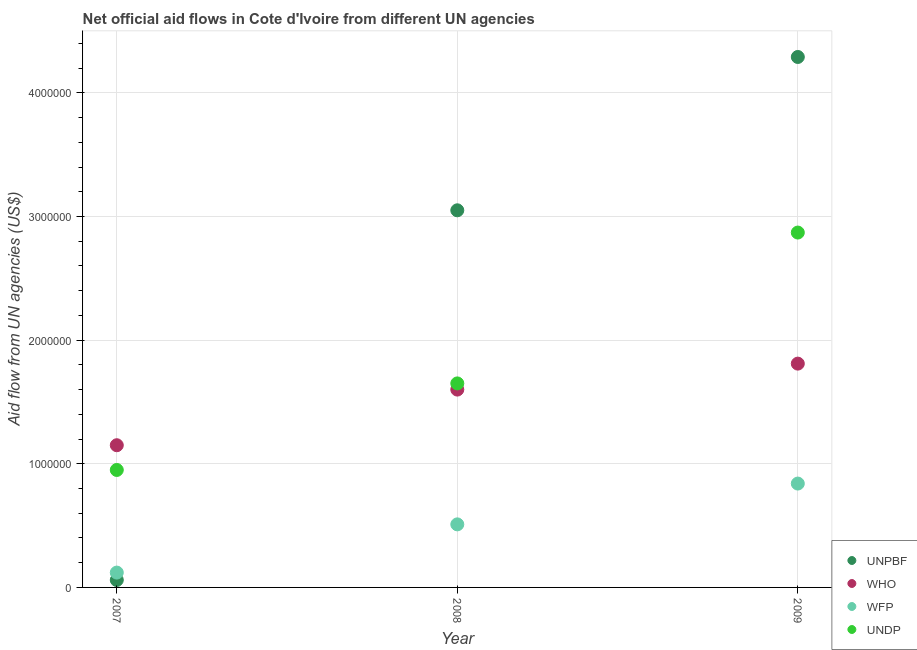
| Year | UNPBF | WHO | WFP | UNDP |
 | --- | --- | --- | --- | --- |
 | 2007 | 6e+04 | 1.15e+06 | 1.2e+05 | 9.5e+05 |
 | 2008 | 3.05e+06 | 1.6e+06 | 5.1e+05 | 1.65e+06 |
 | 2009 | 4.29e+06 | 1.81e+06 | 8.4e+05 | 2.87e+06 |